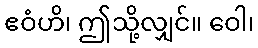
ဧဝံဟိ၊ ဤသို့လျှင်။ ဝေါ၊